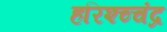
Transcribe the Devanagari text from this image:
हरिश्च्चंद्र